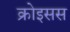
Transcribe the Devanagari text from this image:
क्रोइसस